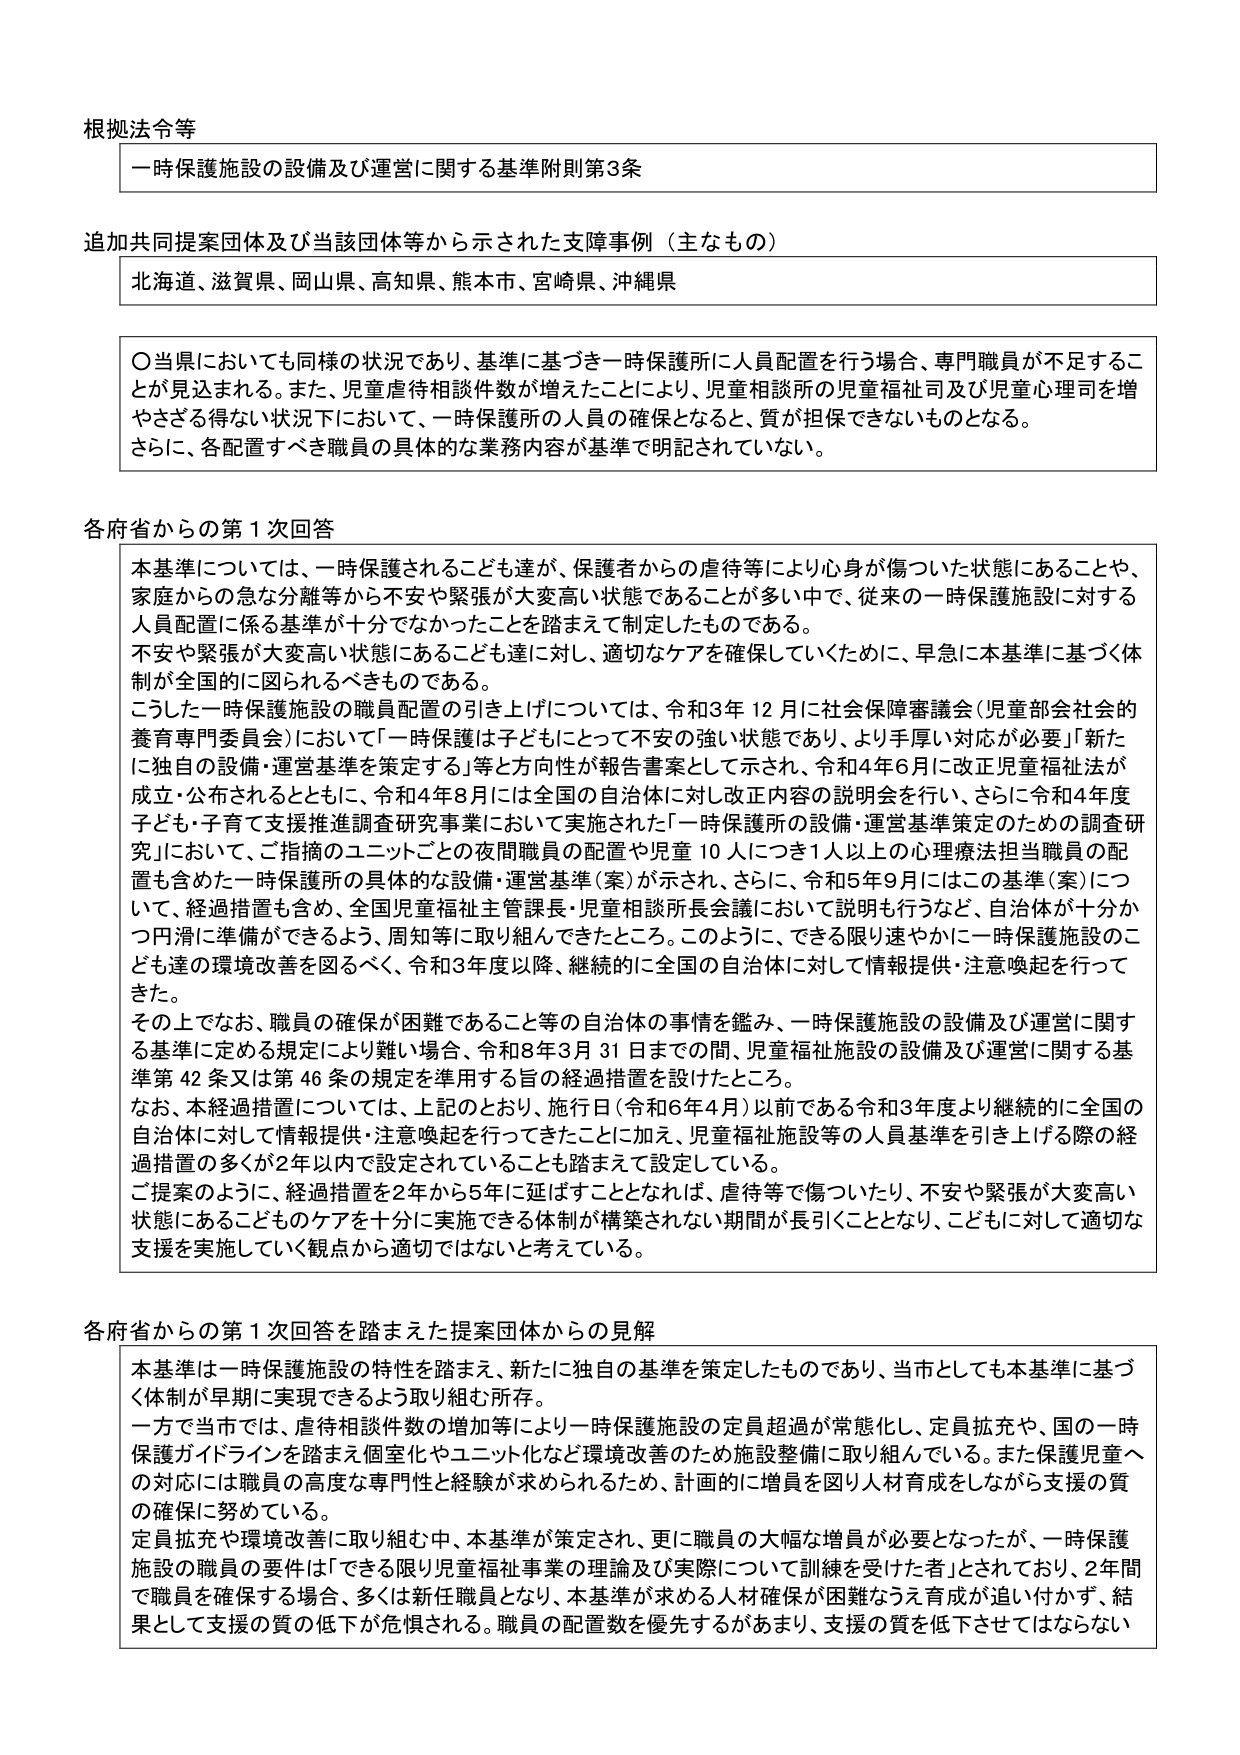
根拠法令等
一時保護施設の設備及び運営に関する基準附則第3条

追加共同提案団体及び当該団体等から示された支障事例（主なもの）
北海道、滋賀県、岡山県、高知県、熊本市、宮崎県、沖縄県

〇当県においても同様の状況であり、基準に基づき一時保護所に人員配置を行う場合、専門職員が不足することが見込まれる。また、児童虐待相談件数が増えたことにより、児童相談所の児童福祉司及び児童心理司を増やさざる得ない状況下において、一時保護所の人員の確保となると、質が担保できないものとなる。
さらに、各配置すべき職員の具体的な業務内容が基準で明記されていない。

各府省からの第1次回答
本基準については、一時保護されるこども達が、保護者からの虐待等により心身が傷ついた状態にあることや、家庭からの急な分離等から不安や緊張が大変高い状態であることが多い中で、従来の一時保護施設に対する人員配置に係る基準が十分でなかったことを踏まえて制定したものである。
不安や緊張が大変高い状態にあるこども達に対し、適切なケアを確保していくために、早急に本基準に基づく体制が全国的に図られるべきものである。
こうした一時保護施設の職員配置の引き上げについては、令和3年12月に社会保障審議会（児童部会社会的養育専門委員会）において「一時保護は子どもにとって不安の強い状態であり、より手厚い対応が必要」「新たに独自の設備・運営基準を策定する」等と方向性が報告書案として示され、令和4年6月に改正児童福祉法が成立・公布されるとともに、令和4年8月には全国の自治体に対し改正内容の説明会を行い、さらに令和4年度子ども・子育て支援推進調査研究事業において実施された「一時保護所の設備・運営基準策定のための調査研究」において、ご指摘のユニットごとの夜間職員の配置や児童10人につき1人以上の心理療法担当職員の配置も含めた一時保護所の具体的な設備・運営基準（案）が示され、さらに、令和5年9月にはこの基準（案）について、経過措置も含め、全国児童福祉主管課長・児童相談所長会議において説明も行うなど、自治体が十分かつ円滑に準備ができるよう、周知等に取り組んできたところ。このように、できる限り速やかに一時保護施設のこども達の環境改善を図るべく、令和3年度以降、継続的に全国の自治体に対して情報提供・注意喚起を行ってきた。
その上でなお、職員の確保が困難であること等の自治体の事情を鑑み、一時保護施設の設備及び運営に関する基準に定める規定により難い場合、令和8年3月31日までの間、児童福祉施設の設備及び運営に関する基準第42条又は第46条の規定を準用する旨の経過措置を設けたところ。
なお、本経過措置については、上記のとおり、施行日（令和6年4月）以前である令和3年度より継続的に全国の自治体に対して情報提供・注意喚起を行ってきたことに加え、児童福祉施設等の人員基準を引き上げる際の経過措置の多くが2年以内で設定されていることも踏まえて設定している。
ご提案のように、経過措置を2年から5年に延ばすこととなれば、虐待等で傷ついたり、不安や緊張が大変高い状態にあるこどものケアを十分に実施できる体制が構築されない期間が長引くこととなり、こどもに対して適切な支援を実施していく観点から適切ではないと考えている。

各府省からの第1次回答を踏まえた提案団体からの見解
本基準は一時保護施設の特性を踏まえ、新たに独自の基準を策定したものであり、当市としても本基準に基づく体制が早期に実現できるよう取り組む所存。
一方で当市では、虐待相談件数の増加等により一時保護施設の定員超過が常態化し、定員拡充や、国の一时保護ガイドラインを踏まえ個室化やユニット化など環境改善のため施設整備に取り組んでいる。また保護児童への対応には職員の高度な専門性と経験が求められるため、計画的に増員を図り人材育成をしながら支援の質の確保に努めている。
定員拡充や環境改善に取り組む中、本基準が策定され、更に職員の大幅な増員が必要となったが、一時保護施設の職員の要件は「できる限り児童福祉事業の理論及び実際について訓練を受けた者」とされており、2年間で職員を確保する場合、多くは新任職員となり、本基準が求める人材確保が困難なうえ育成が追い付かず、結果として支援の質の低下が危惧される。職員の配置数を優先するがあまり、支援の質を低下させてはならない。